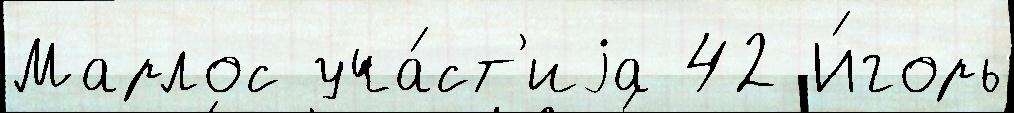
Марлос уча́ст'иjа 42 И́горь